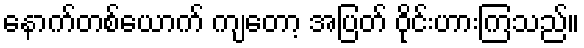
နောက်တစ်ယောက် ကျတော့ အပြတ် ဝိုင်းဟားကြသည်။